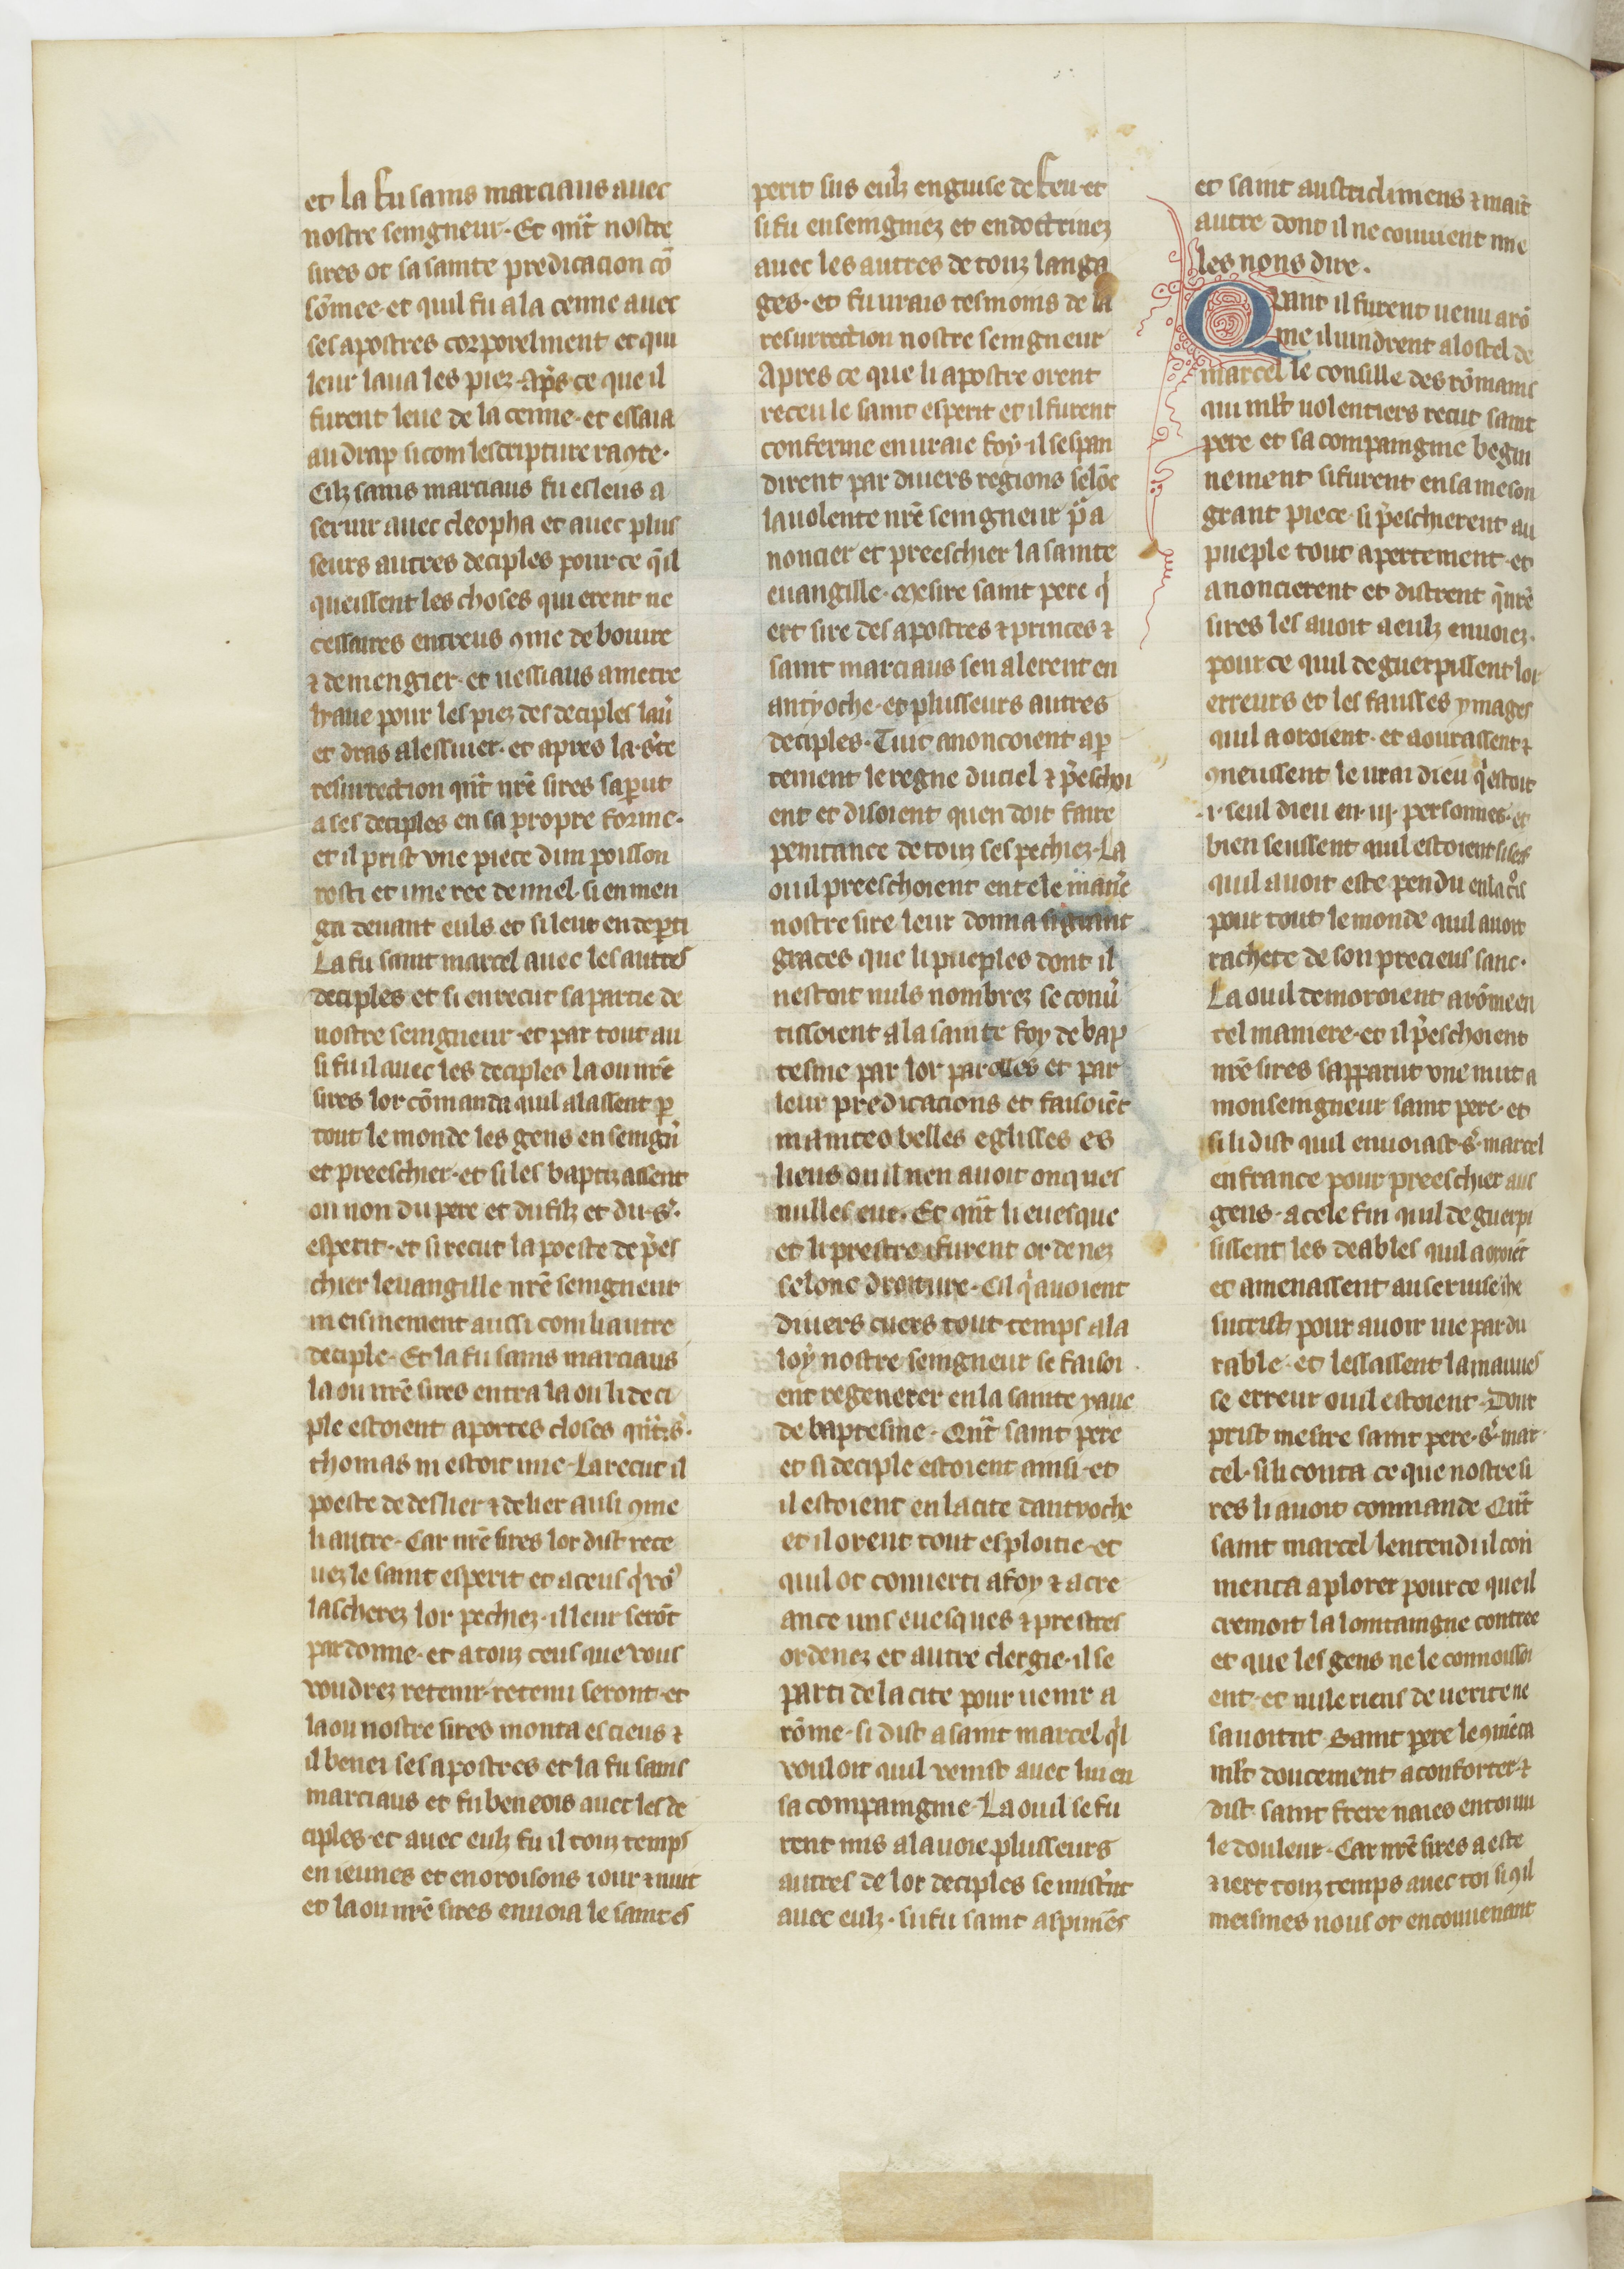
Shelfmark: Paris, BnF, fr. 185
Century: 15